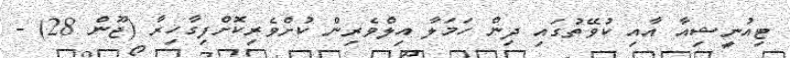
ޓިއުނީޝިއާ އާއި ކުވޭތުގައި ދިން ހަމަލާ އިލްވެރިން ކުށްވެރިކޮށްފިގާހިރާ (ޖޫން 28) -